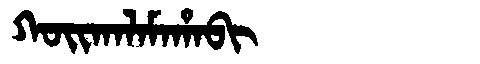
Manchu: ᡴᠣᡳᡴᠠᠯᠠᠮᠠᡥᠠᠪᡳ
Romanization: KOIKALAMAHABI